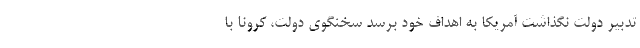
تدبیر دولت نگذاشت آمریکا به اهداف خود برسد سخنگوی دولت، کرونا با